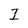
Character: I